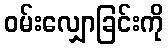
ဝမ်းလျှောခြင်းကို